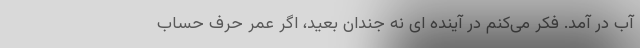
آب در آمد. فکر می‌کنم در آینده ای نه جندان بعید، اگر عمرِ حرفِ حساب